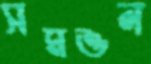
সমশুল